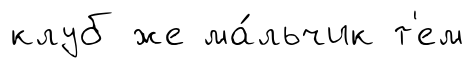
клуб же ма́льчик т'ем